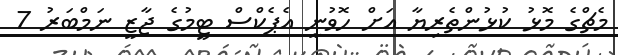
މެޗްގެ މޮޅު ކުޅުންތެރިޔާ އަށް ހޮވުނީ އެޕެކްސް ޓީމުގެ ޖާޒީ ނަމްބަރު 7